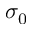
\sigma _ { 0 }